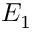
E _ { 1 }